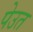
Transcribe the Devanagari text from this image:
पेउत